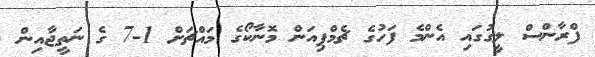
ފްރާންސް ލީގުގައި އެންމެ ފަހުގެ ޗެމްޕިއަން މޮނާކޯގެ މައްޗަށް 1-7 ގެ ނަތީޖާއިން